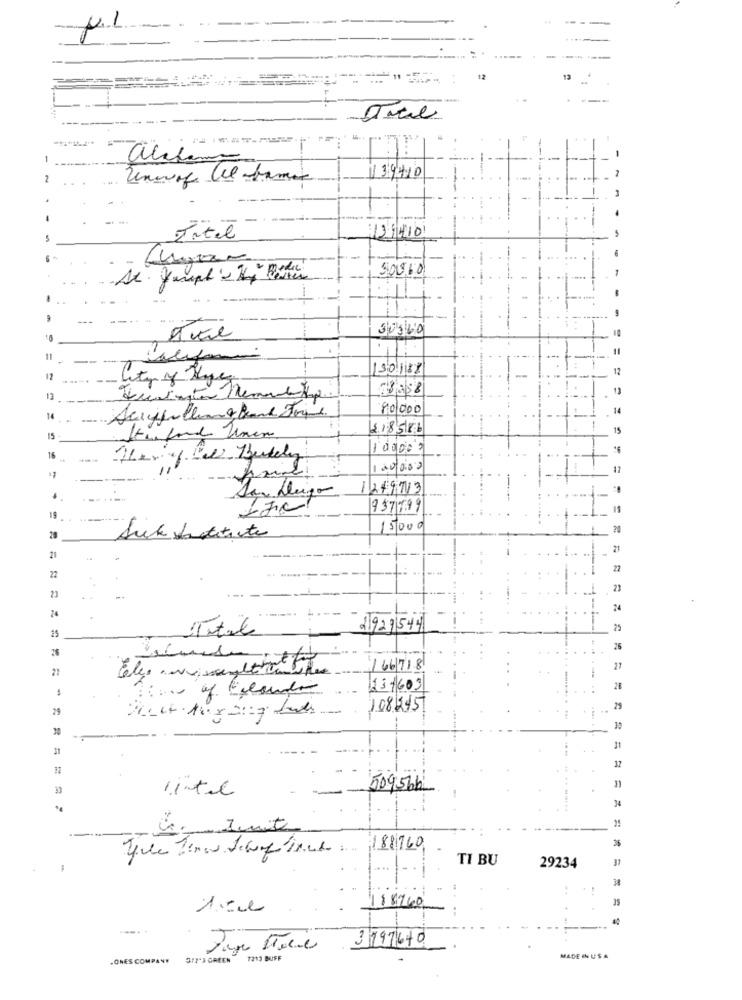
12
13
alfano
2
139410
Intel
13140
50060
1
30360
11
-
30188
12
-
13
80,000
14
14
218586
15
15
100000
120000
San Deigo
1249213
.
9371799
19
15000
20
20
Suck Latitante
21
21
4
22
22
2)
24
Total
1927544
25
25
166718
131603
2฿
29
108245
25
30
12
509566
34
4. Junt
188760
TI BU
37
29234
3197670
.ONES COMPANY
317 3 GREEN 7213 BUFF
MADE IN USA